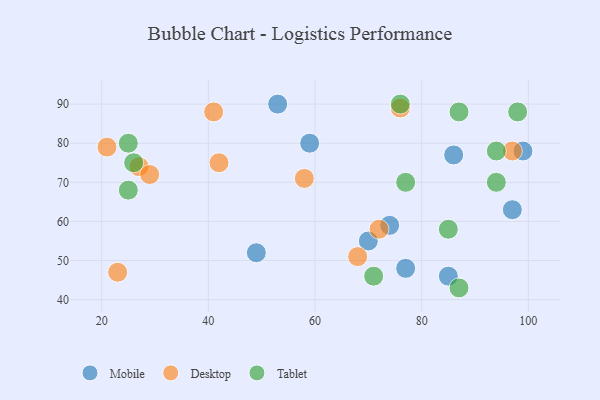
{"axis": {"x": "GDP", "y": "Life Expectancy"}, "legend": ["Desktop", "Mobile", "Tablet"], "data": [{"x": "85", "y": 46, "type": "Mobile"}, {"x": "99", "y": 78, "type": "Mobile"}, {"x": "59", "y": 80, "type": "Mobile"}, {"x": "86", "y": 77, "type": "Mobile"}, {"x": "97", "y": 63, "type": "Mobile"}, {"x": "53", "y": 90, "type": "Mobile"}, {"x": "49", "y": 52, "type": "Mobile"}, {"x": "74", "y": 59, "type": "Mobile"}, {"x": "77", "y": 48, "type": "Mobile"}, {"x": "70", "y": 55, "type": "Mobile"}, {"x": "41", "y": 88, "type": "Desktop"}, {"x": "27", "y": 74, "type": "Desktop"}, {"x": "23", "y": 47, "type": "Desktop"}, {"x": "21", "y": 79, "type": "Desktop"}, {"x": "68", "y": 51, "type": "Desktop"}, {"x": "76", "y": 89, "type": "Desktop"}, {"x": "29", "y": 72, "type": "Desktop"}, {"x": "58", "y": 71, "type": "Desktop"}, {"x": "72", "y": 58, "type": "Desktop"}, {"x": "42", "y": 75, "type": "Desktop"}, {"x": "97", "y": 78, "type": "Desktop"}, {"x": "87", "y": 88, "type": "Tablet"}, {"x": "87", "y": 43, "type": "Tablet"}, {"x": "25", "y": 68, "type": "Tablet"}, {"x": "77", "y": 70, "type": "Tablet"}, {"x": "85", "y": 58, "type": "Tablet"}, {"x": "94", "y": 70, "type": "Tablet"}, {"x": "98", "y": 88, "type": "Tablet"}, {"x": "71", "y": 46, "type": "Tablet"}, {"x": "25", "y": 80, "type": "Tablet"}, {"x": "26", "y": 75, "type": "Tablet"}, {"x": "94", "y": 78, "type": "Tablet"}, {"x": "76", "y": 90, "type": "Tablet"}]}